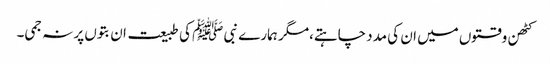
کٹھن وقتوں میں ان کی مدد چاہتے،مگر ہمارے نبی ﷺ کی طبیعت ان بتوں پر نہ جمی۔